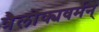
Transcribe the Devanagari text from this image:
त्रैलोक्यवर्मन्‌